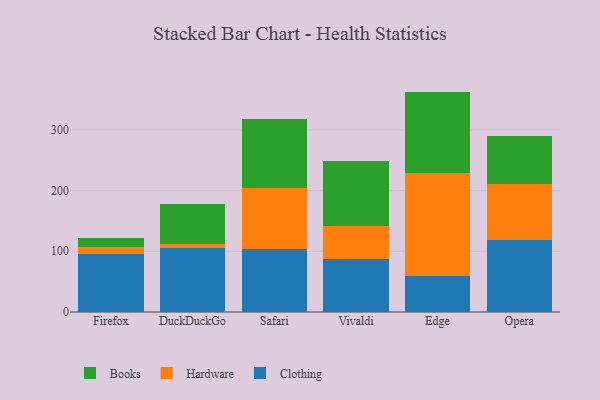
{"axis": {"x": "Browser", "y": "Page Views"}, "legend": ["Books", "Clothing", "Hardware"], "data": [{"x": "Firefox", "y": 95.7, "type": "Clothing"}, {"x": "Firefox", "y": 10.8, "type": "Hardware"}, {"x": "Firefox", "y": 15.0, "type": "Books"}, {"x": "DuckDuckGo", "y": 105.3, "type": "Clothing"}, {"x": "DuckDuckGo", "y": 6.8, "type": "Hardware"}, {"x": "DuckDuckGo", "y": 66.1, "type": "Books"}, {"x": "Safari", "y": 104.5, "type": "Clothing"}, {"x": "Safari", "y": 99.1, "type": "Hardware"}, {"x": "Safari", "y": 113.8, "type": "Books"}, {"x": "Vivaldi", "y": 86.6, "type": "Clothing"}, {"x": "Vivaldi", "y": 55.5, "type": "Hardware"}, {"x": "Vivaldi", "y": 105.8, "type": "Books"}, {"x": "Edge", "y": 58.5, "type": "Clothing"}, {"x": "Edge", "y": 170.7, "type": "Hardware"}, {"x": "Edge", "y": 133.8, "type": "Books"}, {"x": "Opera", "y": 119.3, "type": "Clothing"}, {"x": "Opera", "y": 90.8, "type": "Hardware"}, {"x": "Opera", "y": 79.7, "type": "Books"}]}